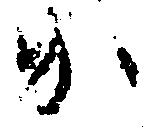
か